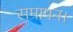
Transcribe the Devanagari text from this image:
समापन।